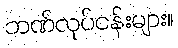
ဘဏ်လုပ်ငန်းများ။